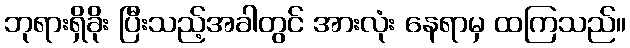
ဘုရားရှိခိုး ပြီးသည့်အခါတွင် အားလုံး နေရာမှ ထကြသည်။